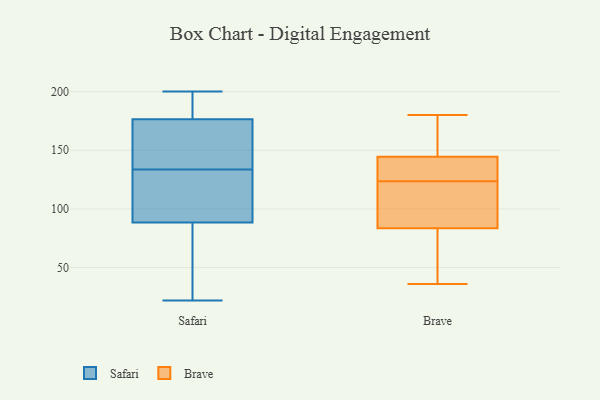
{"axis": {"x": "Satisfaction Score", "y": "Value"}, "legend": ["Brave", "Safari"], "data": [{"x": "", "y": 153, "type": "Safari"}, {"x": "", "y": 99, "type": "Safari"}, {"x": "", "y": 180, "type": "Safari"}, {"x": "", "y": 85, "type": "Safari"}, {"x": "", "y": 148, "type": "Safari"}, {"x": "", "y": 39, "type": "Safari"}, {"x": "", "y": 92, "type": "Safari"}, {"x": "", "y": 22, "type": "Safari"}, {"x": "", "y": 156, "type": "Safari"}, {"x": "", "y": 126, "type": "Safari"}, {"x": "", "y": 141, "type": "Safari"}, {"x": "", "y": 199, "type": "Safari"}, {"x": "", "y": 193, "type": "Safari"}, {"x": "", "y": 200, "type": "Safari"}, {"x": "", "y": 47, "type": "Safari"}, {"x": "", "y": 54, "type": "Safari"}, {"x": "", "y": 123, "type": "Safari"}, {"x": "", "y": 173, "type": "Safari"}, {"x": "", "y": 194, "type": "Safari"}, {"x": "", "y": 110, "type": "Safari"}, {"x": "", "y": 180, "type": "Brave"}, {"x": "", "y": 125, "type": "Brave"}, {"x": "", "y": 144, "type": "Brave"}, {"x": "", "y": 165, "type": "Brave"}, {"x": "", "y": 145, "type": "Brave"}, {"x": "", "y": 64, "type": "Brave"}, {"x": "", "y": 122, "type": "Brave"}, {"x": "", "y": 107, "type": "Brave"}, {"x": "", "y": 36, "type": "Brave"}, {"x": "", "y": 103, "type": "Brave"}, {"x": "", "y": 58, "type": "Brave"}, {"x": "", "y": 140, "type": "Brave"}]}